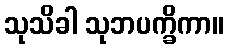
သုသိခါ သုဘပက္ခိကာ။